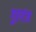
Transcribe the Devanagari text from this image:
गुरगंज